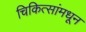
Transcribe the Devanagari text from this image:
चिकित्सांमधून